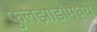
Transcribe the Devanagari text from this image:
फुलझाडांमध्ये